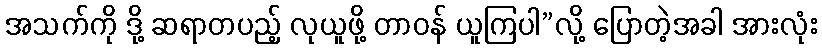
အသက်ကို ဒို့ ဆရာတပည့် လုယူဖို့ တာဝန် ယူကြပါ”လို့ ပြောတဲ့အခါ အားလုံး